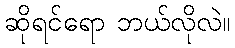
ဆိုရင်ရော ဘယ်လိုလဲ။